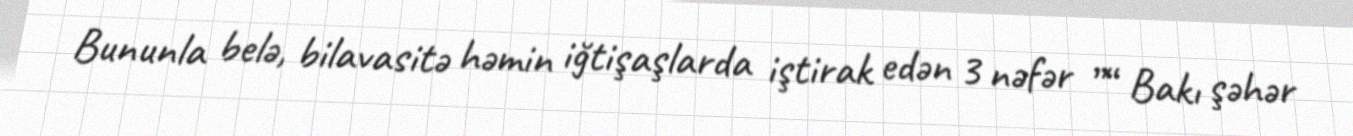
Bununla belə, bilavasitə həmin iğtişaşlarda iştirak edən 3 nəfər ”“ Bakı şəhər